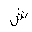
Letter: _shin